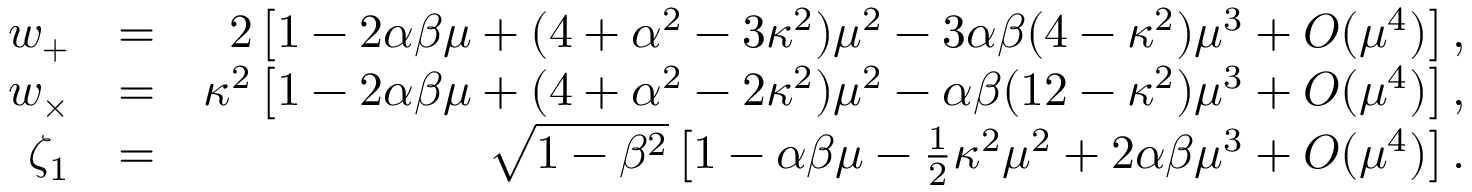
\begin{array} { r l r } { w _ { + } } & { = } & { 2 \left[ 1 - 2 \alpha \beta \mu + ( 4 + \alpha ^ { 2 } - 3 \kappa ^ { 2 } ) \mu ^ { 2 } - 3 \alpha \beta ( 4 - \kappa ^ { 2 } ) \mu ^ { 3 } + { \cal O } ( \mu ^ { 4 } ) \right] , } \\ { w _ { \times } } & { = } & { \kappa ^ { 2 } \left[ 1 - 2 \alpha \beta \mu + ( 4 + \alpha ^ { 2 } - 2 \kappa ^ { 2 } ) \mu ^ { 2 } - \alpha \beta ( 1 2 - \kappa ^ { 2 } ) \mu ^ { 3 } + { \cal O } ( \mu ^ { 4 } ) \right] , } \\ { \zeta _ { 1 } } & { = } & { \sqrt { 1 - \beta ^ { 2 } } \left[ 1 - \alpha \beta \mu - \frac { 1 } { 2 } \kappa ^ { 2 } \mu ^ { 2 } + 2 \alpha \beta \mu ^ { 3 } + { \cal O } ( \mu ^ { 4 } ) \right] . } \end{array}